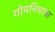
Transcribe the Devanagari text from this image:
गोपनियाता